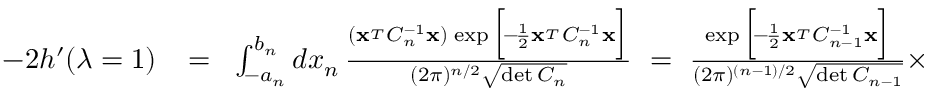
\begin{array} { r l r } { - 2 h ^ { \prime } ( \lambda = 1 ) } & { { } \! = \! } & { \int _ { - a _ { n } } ^ { b _ { n } } d x _ { n } \, { \frac { ( { \bf x } ^ { _ T } C _ { n } ^ { - 1 } { \bf x } ) \, \exp \Big [ \! - \! { \frac { 1 } { 2 } } { \bf x } ^ { _ T } C _ { n } ^ { - 1 } { \bf x } \Big ] } { ( 2 \pi ) ^ { n / 2 } \sqrt { \operatorname* { d e t } C _ { n } } } } \ = \ { \frac { \exp \Big [ \! - \! { \frac { 1 } { 2 } } { \bf x } ^ { _ T } C _ { n - 1 } ^ { - 1 } { \bf x } \Big ] } { ( 2 \pi ) ^ { ( n - 1 ) / 2 } \sqrt { \operatorname* { d e t } C _ { n - 1 } } } } \times } \end{array}